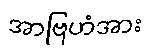
အာဗြဟံအား